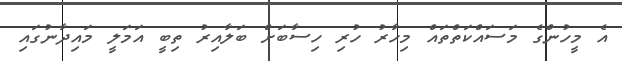
އެ މީހުންގެ މަސައްކަތްތައް މިހާރު ހުރި ހިސާބަށް ބަލާއިރު ތިބީ އަމަލީ މައިދާނުގައި